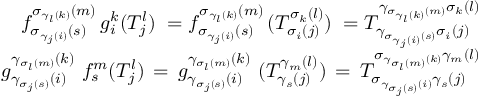
\begin{array} { r } { f _ { \sigma _ { \gamma _ { j } ( i ) } ( s ) } ^ { \sigma _ { \gamma _ { l } ( k ) } ( m ) } \, g _ { i } ^ { k } ( T _ { j } ^ { l } ) \; = f _ { \sigma _ { \gamma _ { j } ( i ) } ( s ) } ^ { \sigma _ { \gamma _ { l } ( k ) } ( m ) } \, ( T _ { \sigma _ { i } ( j ) } ^ { \sigma _ { k } ( l ) } ) \; = T _ { \gamma _ { \sigma _ { \gamma _ { j } ( i ) } ( s ) } \sigma _ { i } ( j ) } ^ { \gamma _ { \sigma _ { \gamma _ { l } ( k ) } ( m ) } \sigma _ { k } ( l ) } } \\ { g _ { \gamma _ { \sigma _ { j } ( s ) } ( i ) } ^ { \gamma _ { \sigma _ { l } ( m ) } ( k ) } \, \, f _ { s } ^ { m } ( T _ { j } ^ { l } ) \, = \, g _ { \gamma _ { \sigma _ { j } ( s ) } ( i ) } ^ { \gamma _ { \sigma _ { l } ( m ) } ( k ) } \, \, ( T _ { \gamma _ { s } ( j ) } ^ { \gamma _ { m } ( l ) } ) \, = \, T _ { \sigma _ { \gamma _ { \sigma _ { j } ( s ) } ( i ) } \gamma _ { s } ( j ) } ^ { \sigma _ { \gamma _ { \sigma _ { l } ( m ) } ( k ) } \gamma _ { m } ( l ) } } \end{array}